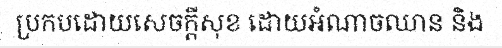
ប្រកបដោយសេចក្តីសុខ ដោយអំណាចឈាន និង